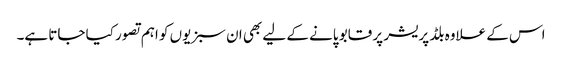
اس کے علاوہ بلڈ پریشر پر قابو پانے کے لیے بھی ان سبزیوں کو اہم تصور کیا جاتا ہے۔